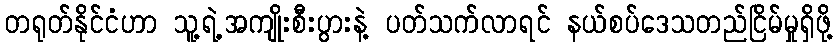
တရုတ်နိုင်ငံဟာ သူ့ရဲ့အကျိုးစီးပွားနဲ့ ပတ်သက်လာရင် နယ်စပ်ဒေသတည်ငြိမ်မှုရှိဖို့